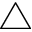
\triangle